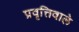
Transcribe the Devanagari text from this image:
प्रवृत्तिवाले